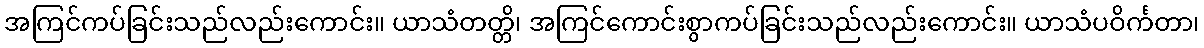
အကြင်ကပ်ခြင်းသည်လည်းကောင်း။ ယာသံတတ္တိ၊ အကြင်ကောင်းစွာကပ်ခြင်းသည်လည်းကောင်း။ ယာသံပဝိင်္ကတာ၊